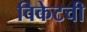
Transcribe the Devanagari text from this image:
विकेटची